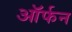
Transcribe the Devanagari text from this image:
ऑर्फन